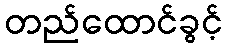
တည်ထောင်ခွင့်